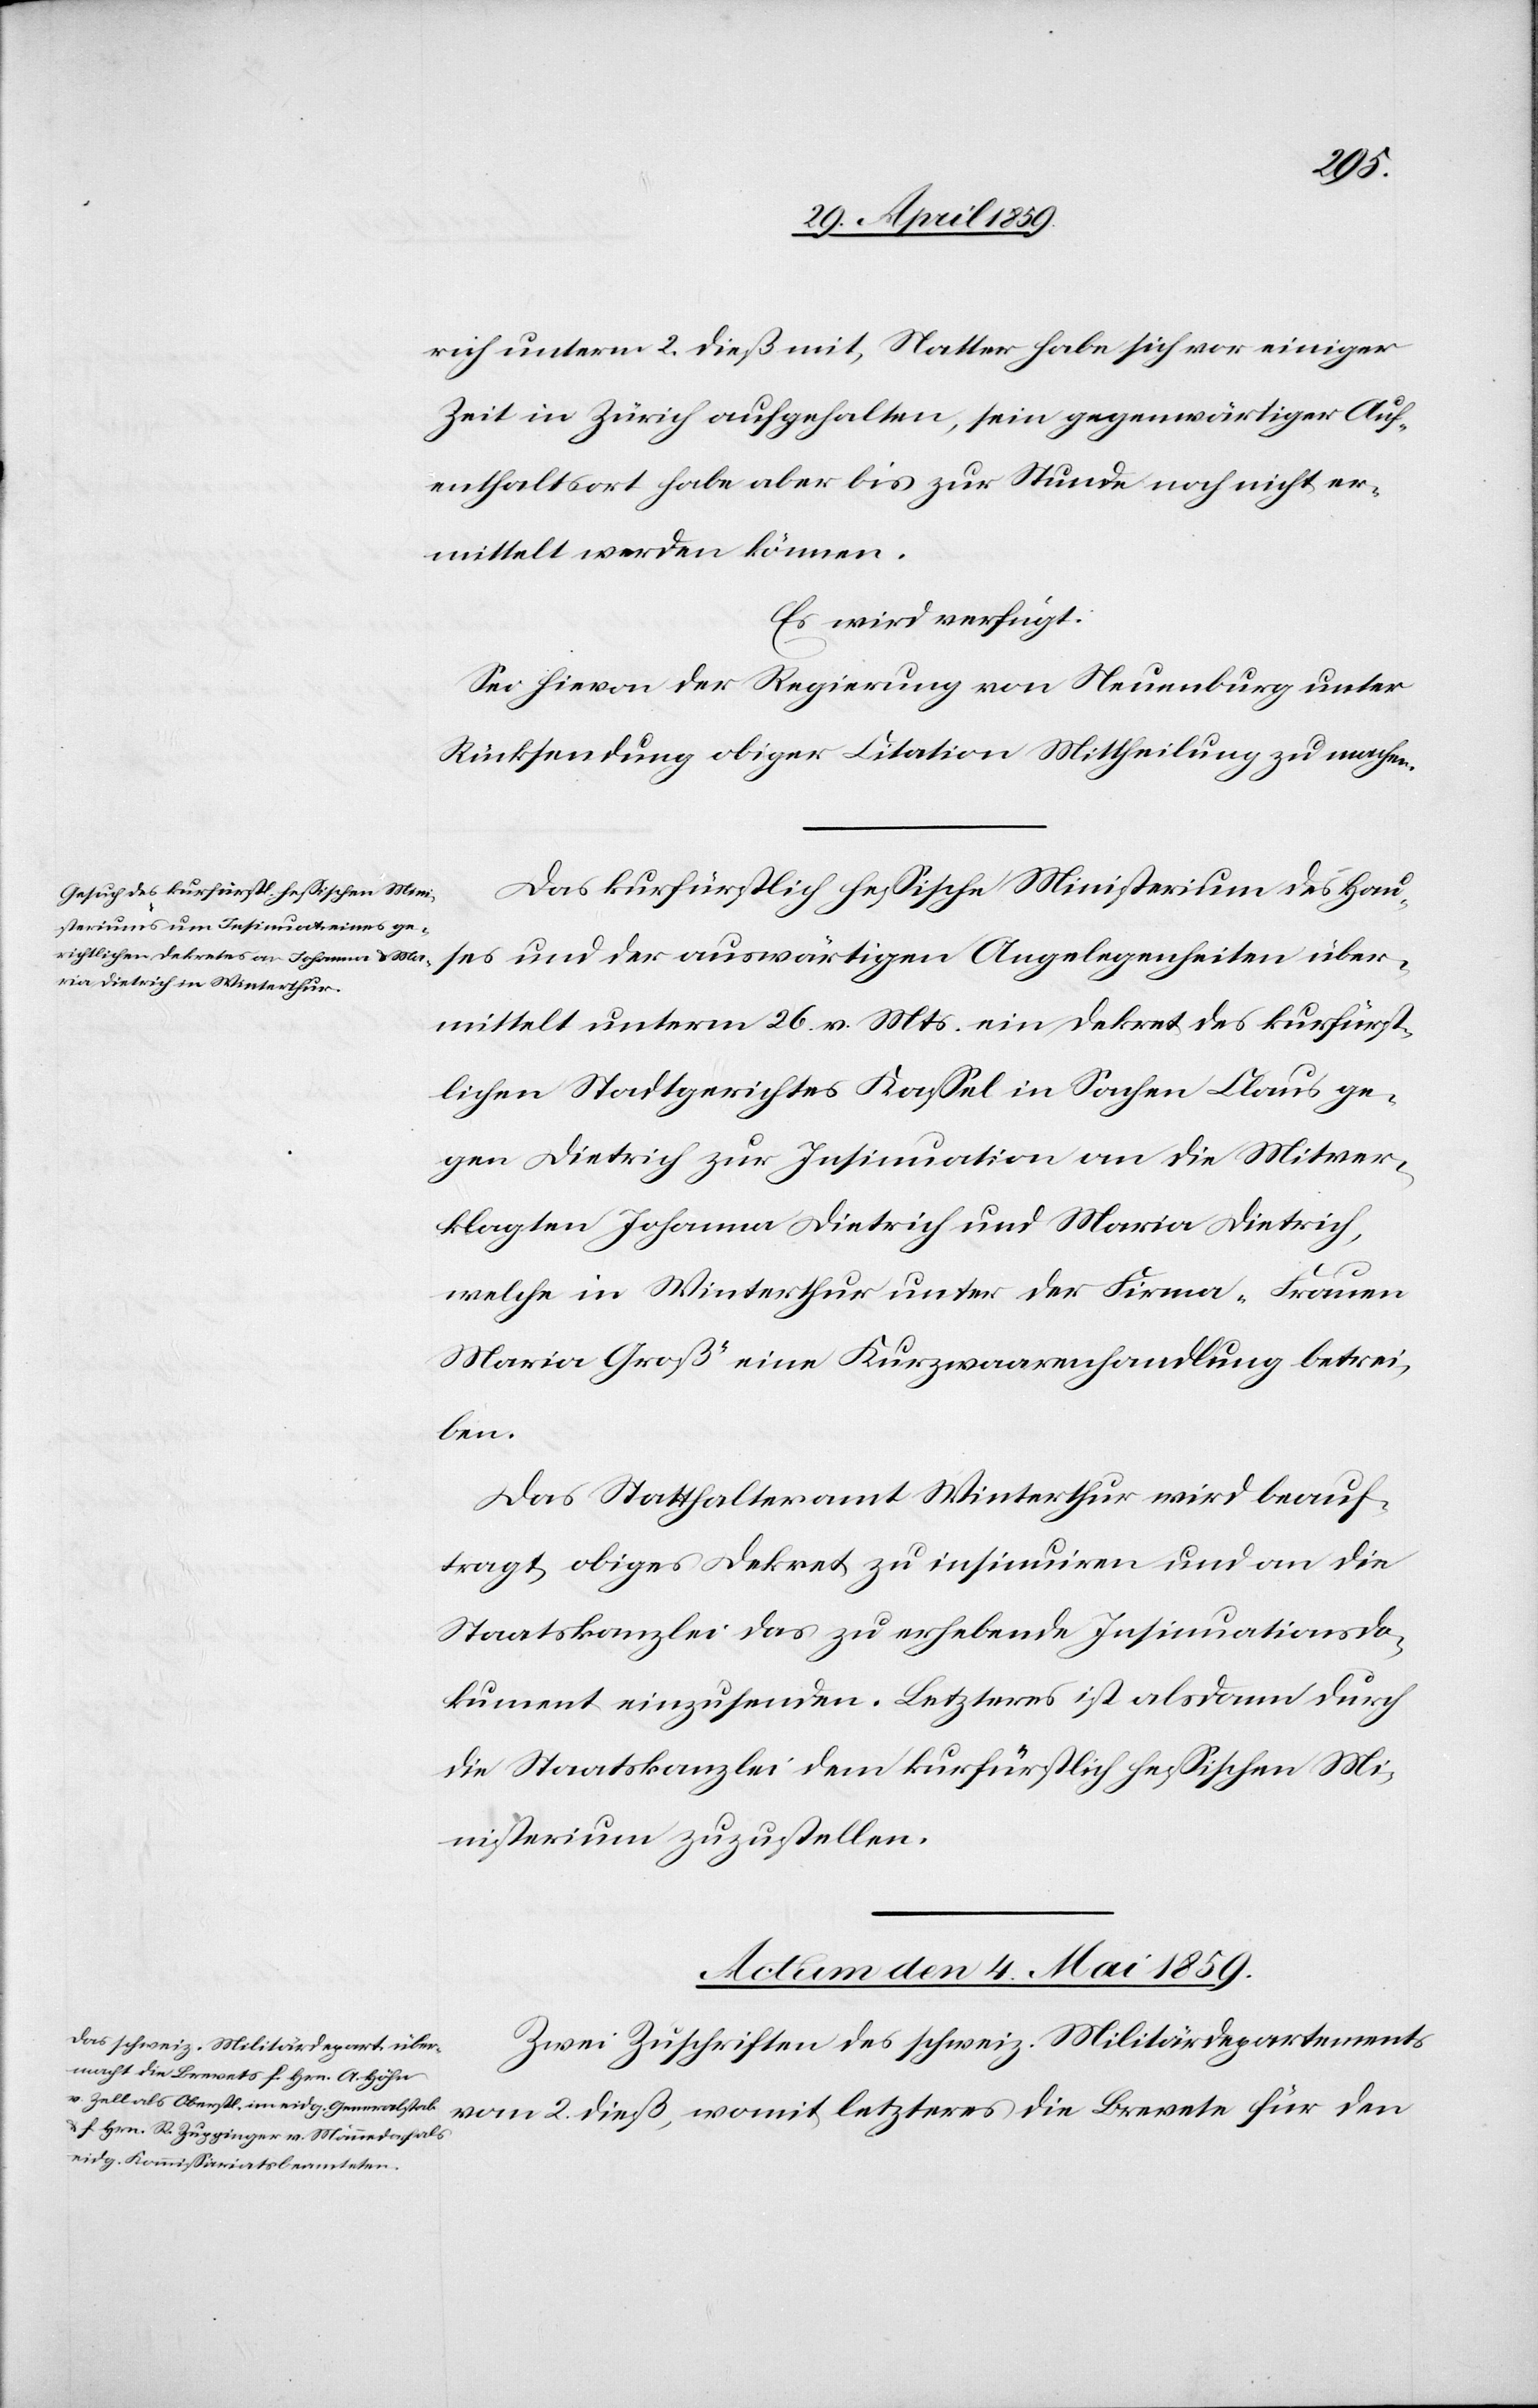
rich unterm 2. dieß mit, Natter habe sich vor einiger
Zeit in Zürich aufgehalten, sein gegenwärtiger Auf¬
enthaltsort habe aber bis zur Stunde noch nicht er¬
mittelt werden können.
Es wird verfügt:
Sei hievon der Regierung von Neuenburg unter
Rücksendung obiger Citation Mittheilung zu machen.
Das kurfürstlich heßische Ministerium des Hau¬
ses und der auswärtigen Angelegenheiten über¬
mittelt unterm 26. v. Mts. ein Dekret des kurfürst¬
lichen Stadtgerichtes Kaßel in Sachen Claus ge¬
gen Dietrich zur Insinuation an die Mitver¬
klagten Johanna Dietrich und Maria Dietrich,
welche in Winterthur unter der Firma „Frauen
Maria Groß“ eine Kurzwaarenhandlung betrei¬
ben.
Das Statthalteramt Winterthur wird beauf¬
tragt, obiges Dekret zu insinuiren und an die
Staatskanzlei das zu erhebende Insinuationsdo¬
kument einzusenden. Letzteres ist alsdann durch
die Staatskanzlei dem kurfürstlich heßischen Mi¬
nisterium zuzustellen.
Actum den 4. Mai 1859.
Zwei Zuschriften des schweiz. Militärdepartements
vom 2. dieß, womit letzteres die Brevete für den